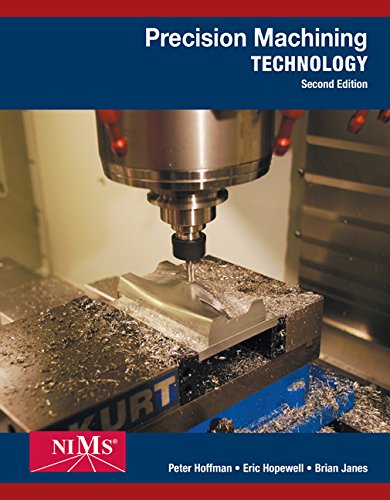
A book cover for Precision Machining Technology; Peter J. Hoffman; Engineering & Transportation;